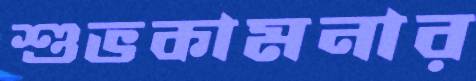
শুভকামনার